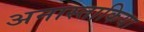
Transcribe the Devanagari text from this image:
अनास्ताकिया